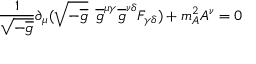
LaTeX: \frac { 1 } { \sqrt { - \overline { { { g } } } } } \partial _ { \mu } ( \sqrt { - \overline { { { g } } } } \enspace \overline { { { g } } } ^ { \mu \gamma } \overline { { { g } } } ^ { \nu \delta } F _ { \gamma \delta } ) + m _ { A } ^ { 2 } A ^ { \nu } = 0